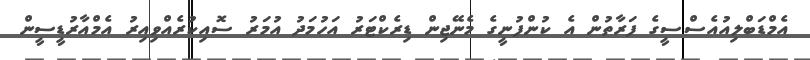
އެމްޑަބްލިއުއެސްސީގެ ފަރާތުން އެ ކުންފުނީގެ މެނޭޖިން ޑިރެކްޓަރު އަހުމަދު އުމަރު ސޮއިކުރެއްވިއިރު އެމްއާރުޑީސީން